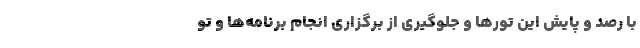
با رصد و پایش این تورها و جلوگیری از برگزاری انجام برنامه‌ها و تو